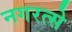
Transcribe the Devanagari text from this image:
नगरत्से